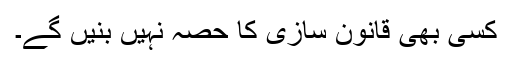
کسی بھی قانون سازی کا حصہ نہیں بنیں گے۔